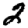
Digit: 2